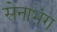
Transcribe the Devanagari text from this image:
सेनाभंग